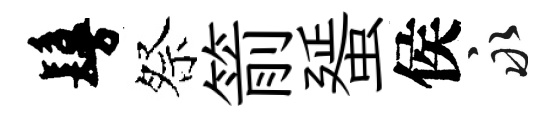
鬘祭箭蜑侯永